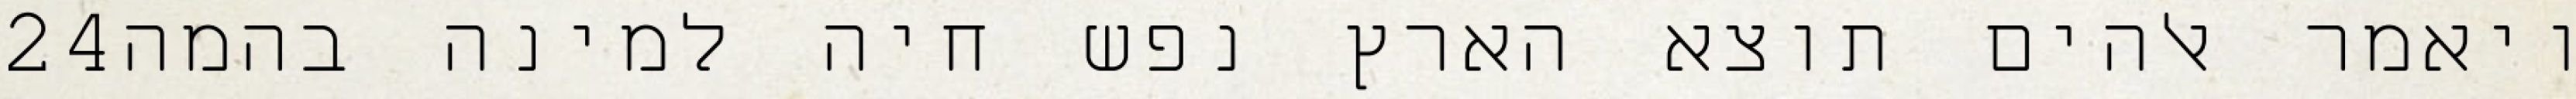
‎24‏ ויאמר אלהים תוצא הארץ נפש חיה למינה בהמה